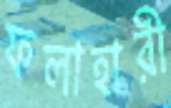
ফলাহারী